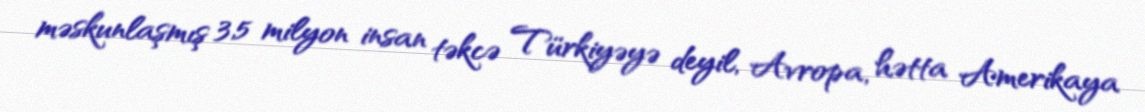
məskunlaşmış 3,5 milyon insan təkcə Türkiyəyə deyil, Avropa, hətta Amerikaya